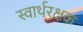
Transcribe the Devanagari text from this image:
स्वार्थरक्षक